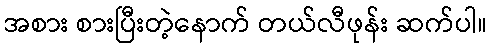
အစား စားပြီးတဲ့နောက် တယ်လီဖုန်း ဆက်ပါ။